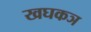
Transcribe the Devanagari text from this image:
खघकञ